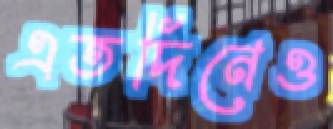
এতদিনেও